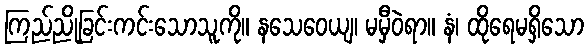
ကြည်ညိုခြင်းကင်းသောသူကို။ နသေဝေယျ၊ မမှီဝဲရာ။ နံ၊ ထိုရေမရှိသော